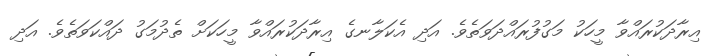
އިރާދަކުރައްވާ މީހަކު މަގުފުރައްދަވަތެވެ. އަދި އެކަލާނގެ އިރާދަކުރައްވާ މީހަކަށް ތެދުމަގު ދައްކަވަތެވެ. އަދި